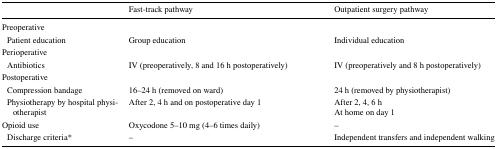
|  | Fast-track pathway | Outpatient surgery pathway |
 | --- | --- | --- |
 | Preoperative |  |  |
 | Patient education | Group education | Individual education |
 | Perioperative |  |  |
 | Antibiotics | IV (preoperatively, 8 and 16 h postoperatively) | IV (preoperatively and 8 h postoperatively) |
 | Postoperative |  |  |
 | Compression bandage | 16–24 h (removed on ward) | 24 h (removed by physiotherapist) |
 | Physiotherapy by hospital physiotherapist | After 2, 4 h and on postoperative day 1 | After 2, 4, 6 hAt home on day 1 |
 | Opioid use | Oxycodone 5–10 mg (4–6 times daily) | – |
 | Discharge criteria* | – | Independent transfers and independent walking |